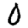
Digit: 0